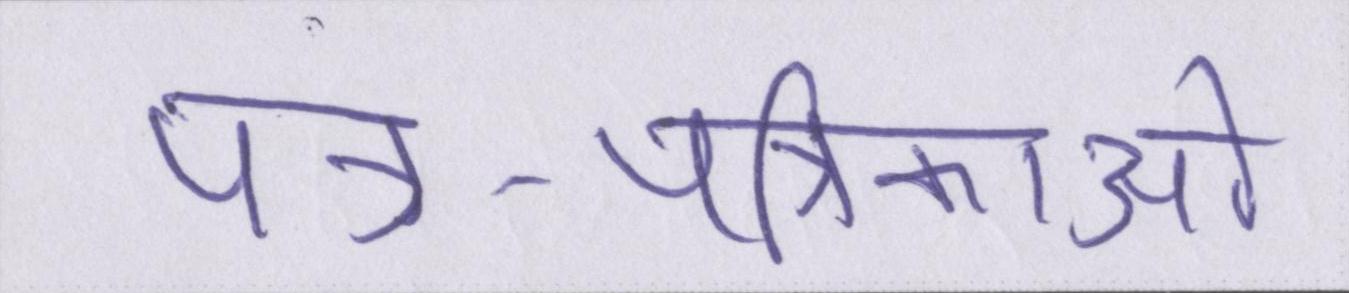
पत्र-पत्रिकाओं